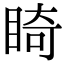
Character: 𥇚